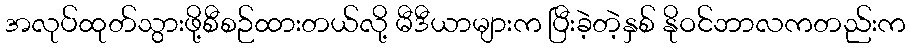
အလုပ်ထုတ်သွားဖို့စီစဉ်ထားတယ်လို့ မီဒီယာများက ပြီးခဲ့တဲ့နှစ် နိုဝင်ဘာလကတည်းက